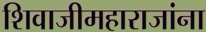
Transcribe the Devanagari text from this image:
शिवाजीमहाराजांना